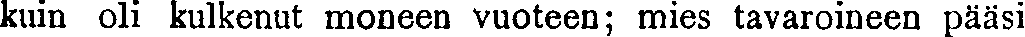
kuin oli kulkenut moneen vuoteen; mies tavaroineen pääsi